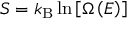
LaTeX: S = k _ { \mathrm { B } } \ln \left[ \Omega \left( E \right) \right]